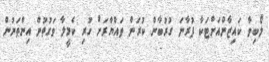
ލޯބިވާ ކައިޒާންއަށްޓަކާ ފުރާނަ ގުރުބާން ކުރަން ތައްޔާރަށް ހުރި ކެމީލާ ވަގުތުން އިންތަނުން